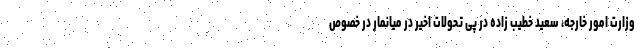
وزارت امور خارجه، سعید خطیب زاده در پی تحولات اخیر در میانمار در خصوص